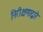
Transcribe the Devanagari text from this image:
निरीक्षणाद्वारे